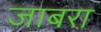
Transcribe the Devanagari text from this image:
जाबरा